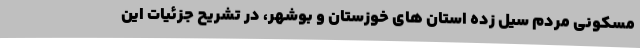
مسکونی مردم سیل زده استان های خوزستان و بوشهر، در تشریح جزئیات این